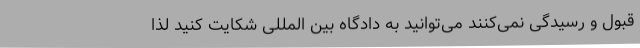
قبول و رسیدگی نمی‌کنند می‌توانید به دادگاه بین المللی شکایت کنید لذا